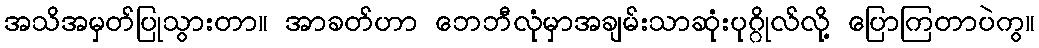
အသိအမှတ်ပြုသွားတာ။ အာခတ်ဟာ ဘေဘီလုံမှာအချမ်းသာဆုံးပုဂ္ဂိုလ်လို့ ပြောကြတာပဲကွ။